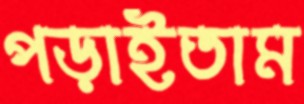
পড়াইতাম